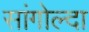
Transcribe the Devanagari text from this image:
सांगोल्दा